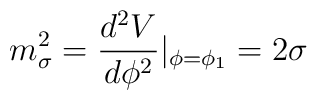
m^2_{\sigma}=\frac{d^2V}{d\phi^2}|_{\phi=\phi_1}=2\sigma